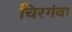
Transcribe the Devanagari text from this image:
चिरगंवा